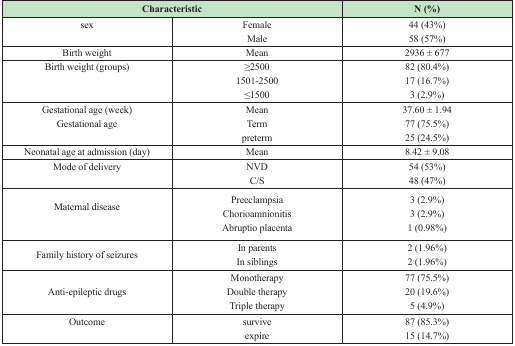
<table><thead><tr><td colspan="2"><b>Characteristic</b></td><td><b>N (%)</b></td></tr></thead><tbody><tr><td rowspan="2">sex</td><td>Female</td><td>44 (43%)</td></tr><tr><td>Male</td><td>58 (57%)</td></tr><tr><td>Birth weight</td><td>Mean</td><td>2936±677</td></tr><tr><td rowspan="3">Birth weight (groups)</td><td>≥2500</td><td>82 (80.4%)</td></tr><tr><td>1501-2500</td><td>17 (16.7%)</td></tr><tr><td>≤1500</td><td>3 (2.9%)</td></tr><tr><td rowspan="3">Gestational age (week)Gestational age</td><td>Mean</td><td>37.60±1.94</td></tr><tr><td>Term</td><td>77 (75.5%)</td></tr><tr><td>preterm</td><td>25 (24.5%)</td></tr><tr><td>Neonatal age at admission (day)</td><td>Mean</td><td>8.42±9.08</td></tr><tr><td rowspan="2">Mode of delivery </td><td>NVD</td><td>54 (53%)</td></tr><tr><td>C/S</td><td>48 (47%)</td></tr><tr><td rowspan="3">Maternal disease</td><td>Preeclampsia</td><td>3 (2.9%)</td></tr><tr><td>Chorioamnionitis</td><td>3 (2.9%)</td></tr><tr><td>Abruptio placenta</td><td>1 (0.98%)</td></tr><tr><td rowspan="2">Family history of seizures</td><td>In parents</td><td>2 (1.96%)</td></tr><tr><td>In siblings</td><td>2 (1.96%)</td></tr><tr><td rowspan="3">Anti-epileptic drugs</td><td>Monotherapy</td><td>77 (75.5%)</td></tr><tr><td>Double therapy </td><td>20 (19.6%)</td></tr><tr><td>Triple therapy</td><td>5 (4.9%)</td></tr><tr><td rowspan="2">Outcome</td><td>survive</td><td>87 (85.3%)</td></tr><tr><td>expire</td><td>15 (14.7%)</td></tr></tbody></table>